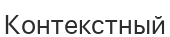
Контекстный